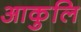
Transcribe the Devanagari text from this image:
आकुलि